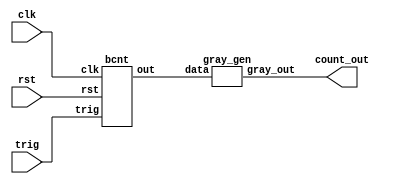
//TOP MODULE BELLOW
module gcnt(clk, rst, trig, count_out);
    input clk, rst, trig; //trig: Order Trigger
    //trig 0 == UP_Counter
    //trig 1 == DOWN_Counter

    output [3:0] count_out;
    wire [3:0] bcnt_out;

    bcnt block_0(
        .clk(clk),
        .rst(rst),
        .trig(trig),
        .out(bcnt_out)
    );

    gray_gen block_1(
        .data(bcnt_out),
        .gray_out(count_out)
    );
endmodule

//Binary Counter BELLOW
module bcnt(clk, rst, trig, out);
    input clk;
    input rst;
    input trig; //Order Trigger
    //trig 0 == UpCounter
    //trig 1 == DownCounter
    output reg [3:0]out;

    always@(posedge clk , negedge rst)
    begin
        if(!rst) out <= (trig == 1'b0) ? 4'b0000 : 4'b1111;

        else begin
            case(trig)
                1'b1 : out <= (out - 1'b1);
                default : out <= (out + 1'b1);
            endcase
        end 
    end
endmodule

//GrayCode Generator BELLOW
module gray_gen(data, gray_out);
    input [3:0] data;
    output reg [3:0] gray_out;

    integer i;

    always@(data or gray_out) begin
        for(i = 3; i >= 0; i =  i - 1) begin
            if(i == 3) gray_out[i] = data[i];
            else gray_out[i] = (data[(i+1)] ^ data[i]);
        end
    end

endmodule